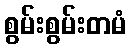
စွမ်းစွမ်းတမံ